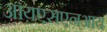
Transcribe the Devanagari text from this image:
आयएसएनआय